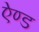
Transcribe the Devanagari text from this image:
एेण्ड